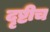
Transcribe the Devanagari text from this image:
दृष्टीच